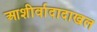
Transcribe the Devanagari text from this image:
आशीर्वादादाखल